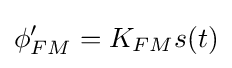
\phi _{FM}'=K_{FM}s(t)